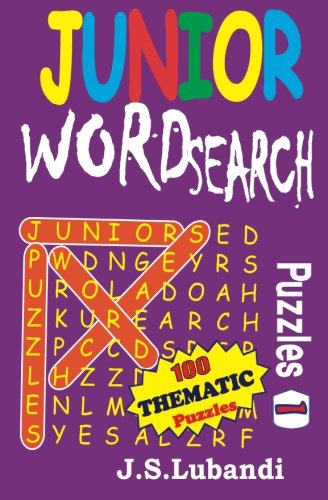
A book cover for Junior Word Search Puzzles (Volume 1); J S Lubandi; Humor & Entertainment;